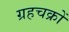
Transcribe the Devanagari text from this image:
ग्रहचक्रों